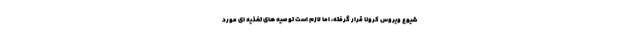
شیوع ویروس کرونا قرار گرفته، اما لازم است توصیه های تغذیه ای مورد